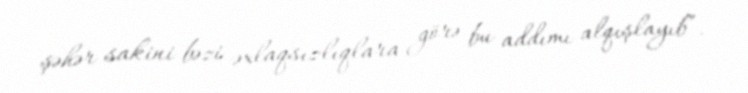
şəhər sakini bəzi əxlaqsızlıqlara görə bu addımı alqışlayıb”.